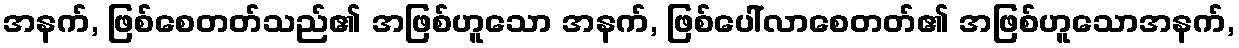
အနက်, ဖြစ်စေတတ်သည်၏ အဖြစ်ဟူသော အနက်, ဖြစ်ပေါ်လာစေတတ်၏ အဖြစ်ဟူသောအနက်,